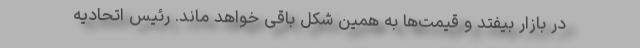
در بازار بیفتد و قیمت‌ها به همین شکل باقی خواهد ماند. رئیس اتحادیه